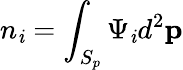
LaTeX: n_{\mathit{i}}=\int_{S_{p}}\Psi_{\mathit{i}}d^{2}\mathbf{{p}}